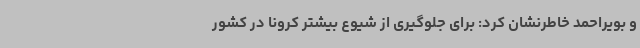
و بویراحمد خاطرنشان کرد: برای جلوگیری از شیوع بیشتر کرونا در کشور